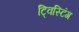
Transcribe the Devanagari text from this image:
ट्विस्टिंग